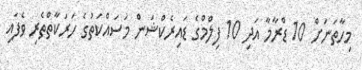
މިހާތަނަށް 10 ޑްރާމާ އަދި 10 ފިލްމްގެ ޑައިރެކްޝަން މަސައްކަތުގެ ހަރަކާތްތެރި ވެފައި